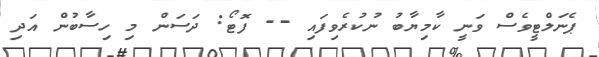
ޕެނަލްޓީވެސް ވަނީ ކާމިޔާބު ނުކުރެވިފައި -- ފޮޓޯ: ދަސަން މި ހިސާބުން އަދި